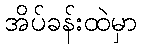
အိပ်ခန်းထဲမှာ